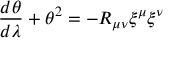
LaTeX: \frac { d \theta } { d \lambda } + \theta ^ { 2 } = - R _ { \mu \nu } { \xi } ^ { \mu } { \xi } ^ { \nu }